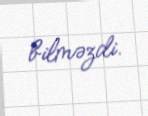
bilməzdi.